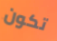
تكون